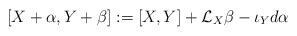
LaTeX: \begin{align*}[X+\alpha, Y+\beta]:=[X,Y]+{\mathcal L}_X\beta-\iota_Yd\alpha\end{align*}